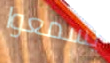
يسمعوا